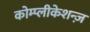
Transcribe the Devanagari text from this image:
कोम्प्लीकेशन्ज़